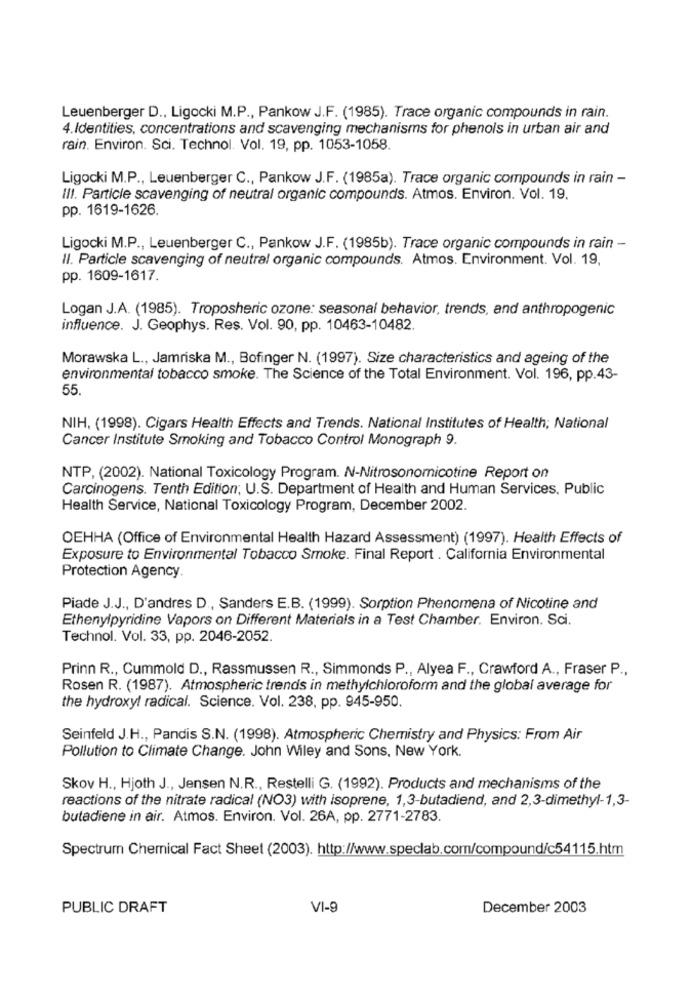
Leuenberger D ., Ligocki M.P ., Pankow J.F. (1985). Trace organic compounds in rain.
4.Identities, concentrations and scavenging mechanisms for phenols in urban air and
rain. Environ. Sci. Technol. Vol. 19, pp. 1053-1058.
Ligocki M.P ., Leuenberger C ., Pankow J.F. (1985a). Trace organic compounds in rain -
III. Particle scavenging of neutral organic compounds. Atmos. Environ. Vol. 19.
pp. 1619-1626.
Ligocki M.P ., Leuenberger C ., Pankow J.F. (1985b). Trace organic compounds in rain -
Il. Particle scavenging of neutral organic compounds. Atmos. Environment. Vol. 19,
pp. 1609-1617.
Logan J.A. (1985). Troposheric ozone: seasonal behavior, trends, and anthropogenic
influence. J. Geophys. Res. Vol. 90, pp. 10463-10482.
Morawska L ., Jamriska M ., Bofinger N. (1997). Size characteristics and ageing of the
environmental tobacco smoke. The Science of the Total Environment. Vol. 196, pp.43-
55
NIH, (1998). Cigars Health Effects and Trends. National Institutes of Health; National
Cancer Institute Smoking and Tobacco Control Monograph 9.
NTP, (2002). National Toxicology Program. N-Nitrosonomnicotine Report on
Carcinogens. Tenth Edition; U.S. Department of Health and Human Services, Public
Health Service, National Toxicology Program, December 2002.
OEHHA (Office of Environmental Health Hazard Assessment) (1997). Health Effects of
Exposure to Environmental Tobacco Smoke. Final Report . California Environmental
Protection Agency.
Piade J.J ., D'andres D ., Sanders E.B. (1999). Sorption Phenomena of Nicotine and
Ethenylpyridine Vapors on Different Materials in a Test Chamber. Environ. Sci.
Technol. Vol. 33, pp. 2046-2052.
Prinn R ., Cummold D ., Rassmussen R ., Simmonds P ., Alyea F ., Crawford A ., Fraser P .,
Rosen R. (1987). Atmospheric trends in methylchloroform and the global average for
the hydroxy! radical. Science. Vol. 238, pp. 945-950.
Seinfeld J.H ., Pandis S.N. (1998). Atmospheric Chemistry and Physics: From Air
Pollution to Climate Change. John Wiley and Sons, New York.
Skov H ., Hjoth J ., Jensen N.R ., Restelli G. (1992). Products and mechanisms of the
reactions of the nitrate radical (NO3) with isoprene, 1,3-butadiend, and 2,3-dimethyl-1,3-
butadiene in air. Atmos. Environ. Vol. 26A, pp. 2771-2783.
Spectrum Chemical Fact Sheet (2003). http://www.speclab.com/compound/c54115.htm
PUBLIC DRAFT
VI-9
December 2003